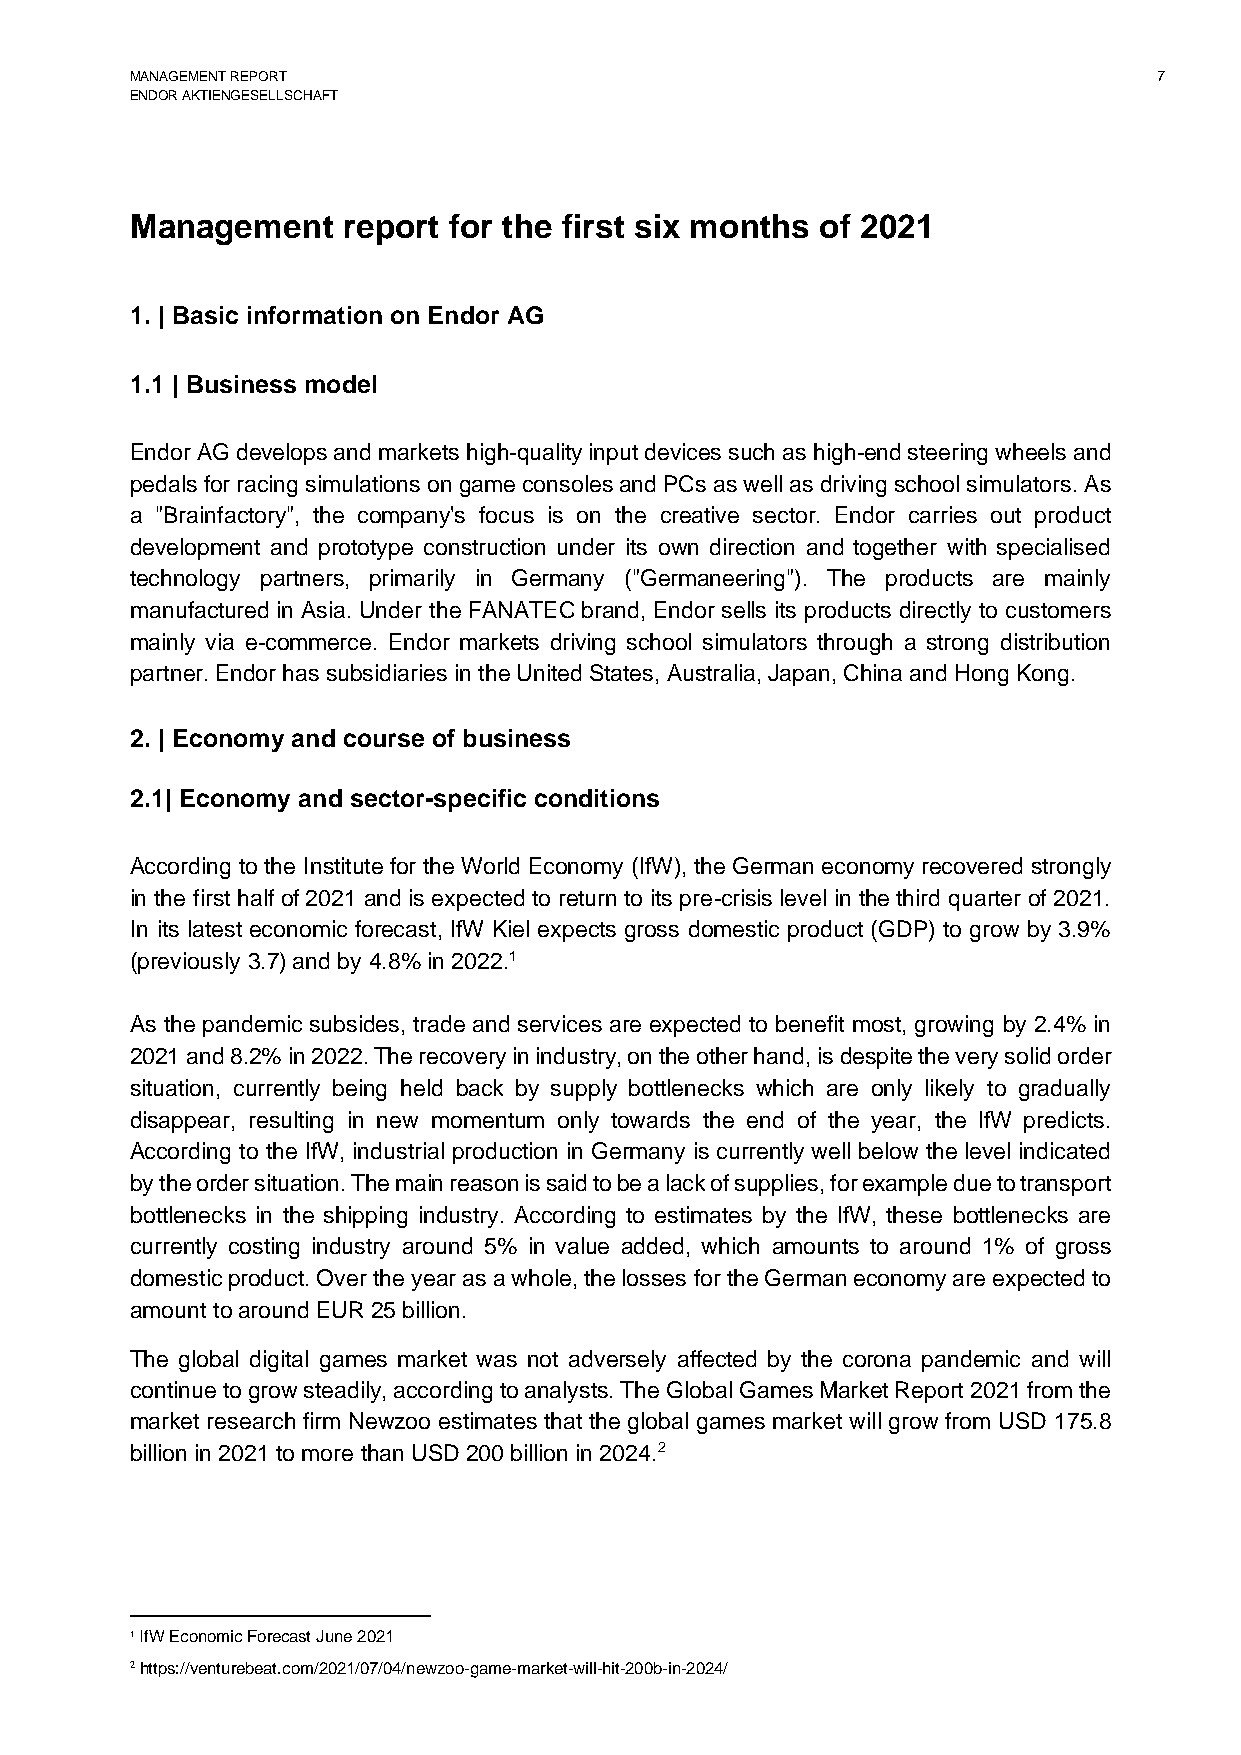
MANAGEMENT REPORT                                                   7
 ENDOR AKTIENGESELLSCHAFT
 Management    report for the first six months of 2021
 1. | Basic information on Endor AG
 1.1 | Business model
 Endor AG develops and markets high-quality input devices such as high-end steering wheels and
 pedals for racing simulations on game consoles and PCs as well as driving school simulators. As
 a "Brainfactory", the company's focus is on the creative sector. Endor carries out product
 development and prototype construction under its own direction and together with specialised
 technology partners, primarily in Germany ("Germaneering"). The products are mainly
 manufactured in Asia. Under the FANATEC brand, Endor sells its products directly to customers
 mainly via e-commerce. Endor markets driving school simulators through a strong distribution
 partner. Endor has subsidiaries in the United States, Australia, Japan, China and Hong Kong.
 2. | Economy and course of business
 2.1| Economy and sector-specific conditions
 According to the Institute for the World Economy (IfW), the German economy recovered strongly
 in the first half of 2021 and is expected to return to its pre-crisis level in the third quarter of 2021.
 In its latest economic forecast, IfW Kiel expects gross domestic product (GDP) to grow by 3.9%
 (previously 3.7) and by 4.8% in 2022.1
 As the pandemic subsides, trade and services are expected to benefit most, growing by 2.4% in
 2021 and 8.2% in 2022. The recovery in industry, on the other hand, is despite the very solid order
 situation, currently being held back by supply bottlenecks which are only likely to gradually
 disappear, resulting in new momentum only towards the end of the year, the IfW predicts.
 According to the IfW, industrial production in Germany is currently well below the level indicated
 by the order situation. The main reason is said to be a lack of supplies, for example due to transport
 bottlenecks in the shipping industry. According to estimates by the IfW, these bottlenecks are
 currently costing industry around 5% in value added, which amounts to around 1% of gross
 domestic product. Over the year as a whole, the losses for the German economy are expected to
 amount to around EUR 25 billion.
 The global digital games market was not adversely affected by the corona pandemic and will
 continue to grow steadily, according to analysts. The Global Games Market Report 2021 from the
 market research firm Newzoo estimates that the global games market will grow from USD 175.8
 billion in 2021 to more than USD 200 billion in 2024.2
 1 IfW Economic Forecast June 2021
 2 https://venturebeat.com/2021/07/04/newzoo-game-market-will-hit-200b-in-2024/